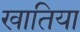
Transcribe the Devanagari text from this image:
खातिया